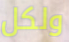
ولكل